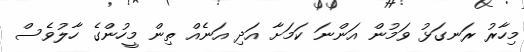
މިހާރު ރަނގަޅު ވަމުން އަންނަ ކަމަށާ އަދި އަނެއް ތިން މީހުންގެ ހާލުވެސް